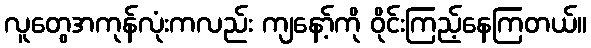
လူတွေအကုန်လုံးကလည်း ကျနော့်ကို ဝိုင်းကြည့်နေကြတယ်။